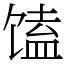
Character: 馌